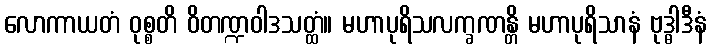
လောကာယတံ ဝုစ္စတိ ဝိတဏ္ဍဝါဒသတ္ထံ။ မဟာပုရိသလက္ခဏန္တိ မဟာပုရိသာနံ ဗုဒ္ဓါဒီနံ